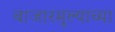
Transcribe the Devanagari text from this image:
बाजारमूल्याच्या